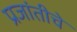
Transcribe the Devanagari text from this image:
प्रजांतीचे